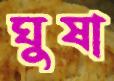
ঘুষা